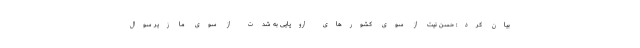
بیان کرد: حسن نیت از سوی کشورهای اروپایی به شدت از سوی ما زیر سوال